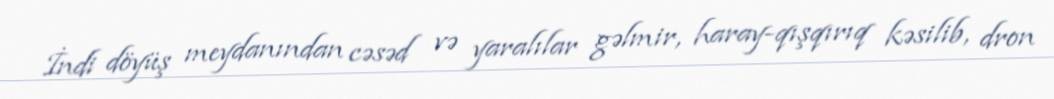
İndi döyüş meydanından cəsəd və yaralılar gəlmir, haray-qışqırıq kəsilib, dron